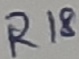
Text: R18